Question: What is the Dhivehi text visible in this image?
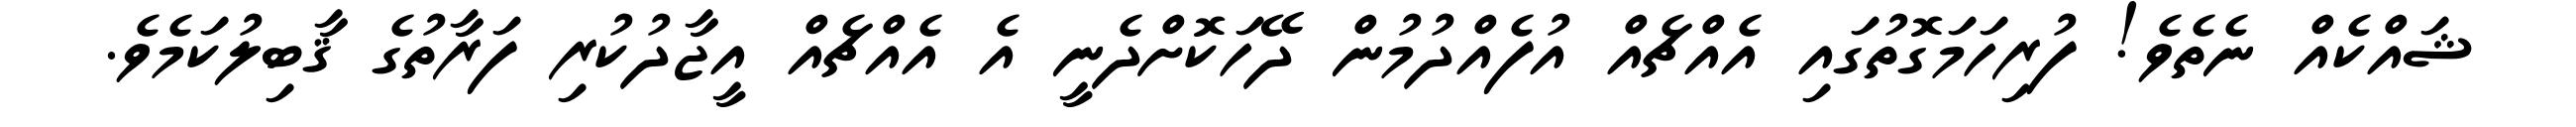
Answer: ޝައްކެއް ނެތެވެ! ފުރިހަމަގޮތުގައި އެއްޗެއް އުފެއްދުމުން ދޭހަކޮށްދެނީ އެ އެއްޗެއް އީޖާދުކުރި ފަރާތުގެ ޤާބިލުކަމެވެ.